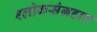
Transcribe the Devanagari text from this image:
श्लोकसंग्रहात